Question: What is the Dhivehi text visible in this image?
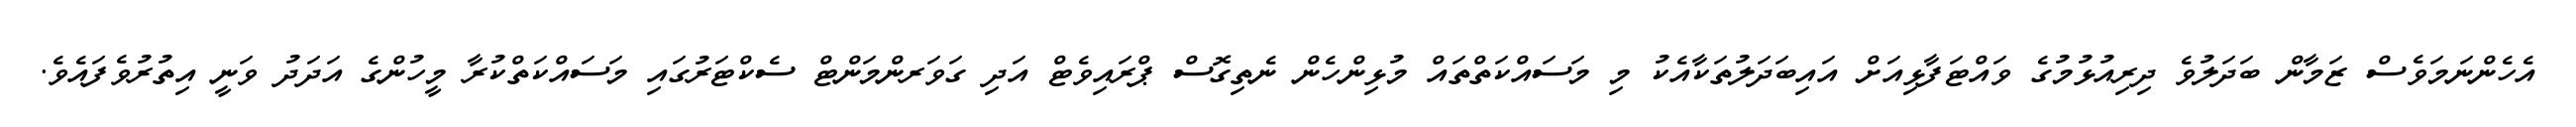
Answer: އެހެންނަމަވެސް ޒަމާން ބަދަލުވެ ދިރިއުޅުމުގެ ވައްޓަފާޅިއަށް އައިބަދަލުތަކާއެކު މި މަސައްކަތްތައް މުޅިންހެން ނެތިގޮސް ޕްރައިވެޓް އަދި ގަވަރންމަންޓް ސެކްޓަރުގައި މަސައްކަތްކުރާ މީހުންގެ އަދަދު ވަނީ އިތުރުވެފައެވެ.